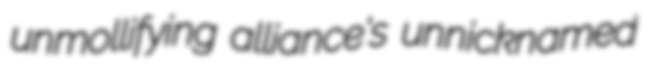
unmollifying alliance's unnicknamed